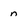
Character: n